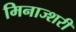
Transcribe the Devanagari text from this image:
मिनाज्शरी